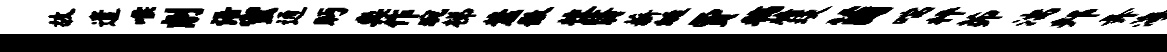
故遣喉削语蜜通眄奕作琬梯麓徽校翳薪蜓贾稿牖琰茵喘枰茆湍邦弄海